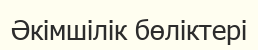
Әкімшілік бөліктері